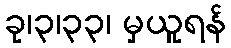
ခု၊၃၊၃၃၊ မှယူရန်